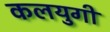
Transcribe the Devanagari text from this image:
कलयुगीं